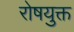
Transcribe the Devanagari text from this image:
रोषयुक्त